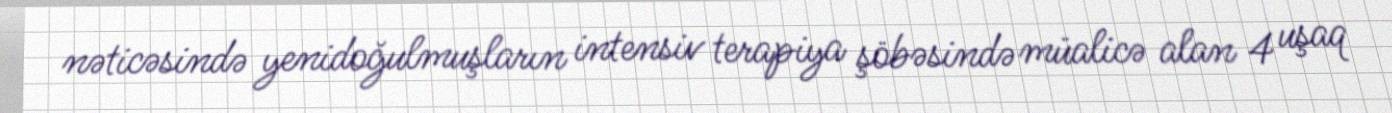
nəticəsində yenidoğulmuşların intensiv terapiya şöbəsində müalicə alan 4 uşaq